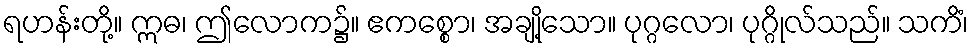
ရဟန်းတို့။ ဣဓ၊ ဤလောက၌။ ဧကစ္စော၊ အချို့သော။ ပုဂ္ဂလော၊ ပုဂ္ဂိုလ်သည်။ သကိံ၊